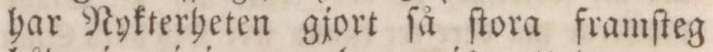
har Nykterheten gjort ſå ſtora framſteg